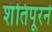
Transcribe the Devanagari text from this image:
शंतिपूरने